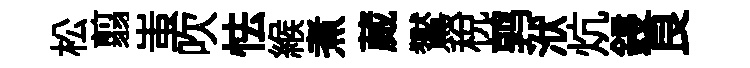
松翦蚩吹怯緱煮蕆鸑稅鹑洑炕鋟良